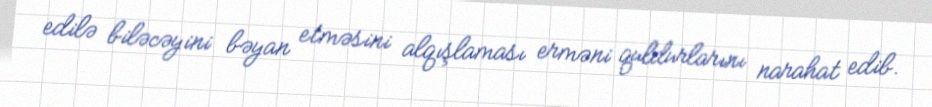
edilə biləcəyini bəyan etməsini alqışlaması erməni quldurlarını narahat edib.